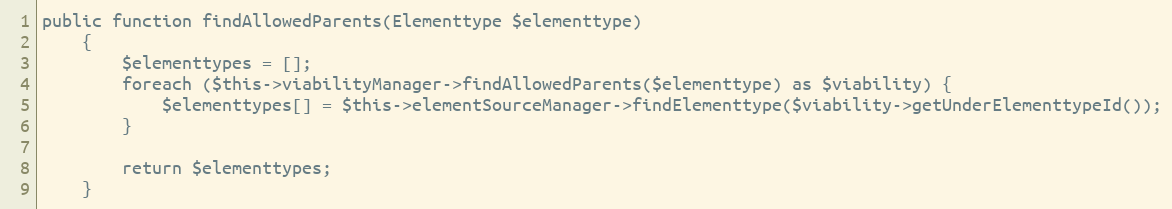
Language: PHP
public function findAllowedParents(Elementtype $elementtype)
    {
        $elementtypes = [];
        foreach ($this->viabilityManager->findAllowedParents($elementtype) as $viability) {
            $elementtypes[] = $this->elementSourceManager->findElementtype($viability->getUnderElementtypeId());
        }

        return $elementtypes;
    }